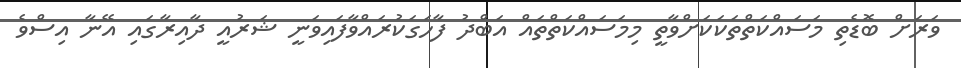
ވަރަށް ބޮޑެތި މަސައްކަތްތަކަކަށްވާތީ މިމަސައްކަތްތައް އަބްދު ފާހަގަކުރައްވާފައިވަނީ ޝަރުއީ ދާއިރާގައި އޭނާ އިސްވެ